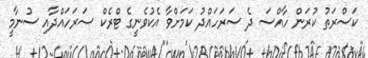
ކަސްރަތު ކުރަން ހާއްސަ ދެ ސަރަހައްދު ކަމަށްވާ އެކުވެނީގެ ޓްރެކް ސަރަހައްދާއި ސުނާމީ